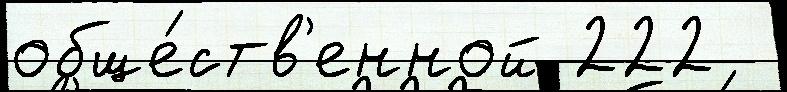
обще́ств'енной 222